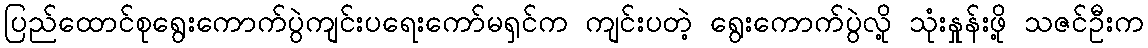
ပြည်ထောင်စုရွေးကောက်ပွဲကျင်းပရေးကော်မရှင်က ကျင်းပတဲ့ ရွေးကောက်ပွဲလို့ သုံးနှုန်းဖို့ သဇင်ဦးက